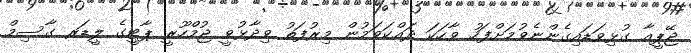
ޖޭޕީއާ ގުޅިވަޑައިގެންނެވުމަށްފަހު ވާހަކަ ދައްކަވަމުން މިރުފަތު ވިދާޅުވީ ޖުމްހޫރީ ޕާޓީގެ ލީޑަރ ގާސިމް